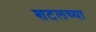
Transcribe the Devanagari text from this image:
शटलच्या